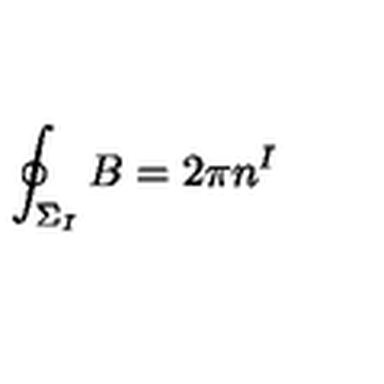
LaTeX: \oint _ { \Sigma _ { I } } B = 2 \pi { } n ^ { I }